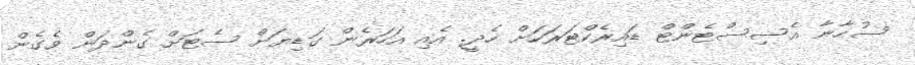
ސުހާނާ އެސިސްޓެންޓް ޑައިރެކްޓަރަކަށް ހެދީ. އެއި އަހަރެން ގަޑިޔަށް ސެޓަށް ގެންދަން ވެގެން